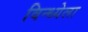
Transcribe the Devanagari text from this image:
विन्ध्येला